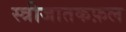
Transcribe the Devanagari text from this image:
स्त्रीजातकफ़ल